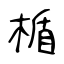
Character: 楯